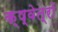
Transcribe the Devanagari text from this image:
क्ष्वेत्रों